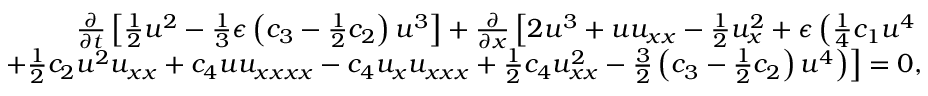
\begin{array} { r l r } & { } & { \frac { \partial } { \partial t } \left[ \frac { 1 } { 2 } u ^ { 2 } - \frac { 1 } { 3 } \epsilon \left( c _ { 3 } - \frac { 1 } { 2 } c _ { 2 } \right) u ^ { 3 } \right] + \frac { \partial } { \partial x } \left[ 2 u ^ { 3 } + u u _ { x x } - \frac { 1 } { 2 } u _ { x } ^ { 2 } + \epsilon \left( \frac { 1 } { 4 } c _ { 1 } u ^ { 4 } \right. \right. } \\ & { } & { \left. \left. \mathrm + \frac { 1 } { 2 } c _ { 2 } u ^ { 2 } u _ { x x } + c _ { 4 } u u _ { x x x x } - c _ { 4 } u _ { x } u _ { x x x } + \frac { 1 } { 2 } c _ { 4 } u _ { x x } ^ { 2 } - \frac { 3 } { 2 } \left( c _ { 3 } - \frac { 1 } { 2 } c _ { 2 } \right) u ^ { 4 } \right) \right] = 0 , } \end{array}